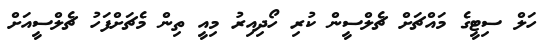
ހަލް ސިޓީގެ މައްޗަށް ޗެލްސީން ކުރި ހޯދިއިރު މިއީ ތިން މެޗަށްފަހު ޗެލްސީއަށް